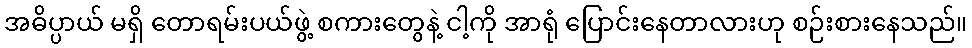
အဓိပ္ပာယ် မရှိ တောရမ်းပယ်ဖွဲ့ စကားတွေနဲ့ ငါ့ကို အာရုံ ပြောင်းနေတာလားဟု စဉ်းစားနေသည်။